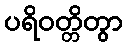
ပရိဝတ္တိတွာ